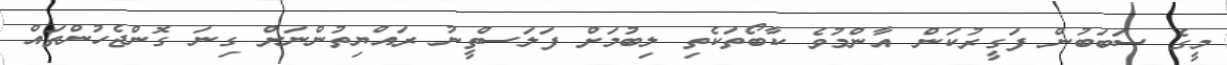
މީގެ ސަބަބުން ފަގީރުކަން އާންމުވެ ކާބޯތަކެތި ލިބުމަށް ފަލަސްތީނު ރައްޔިތުންނަށް ގިނަ ގޮންޖެހުންތައް